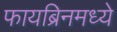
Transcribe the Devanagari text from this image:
फायब्रिनमध्ये